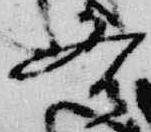
各